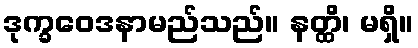
ဒုက္ခဝေဒနာမည်သည်။ နတ္ထိ၊ မရှိ။